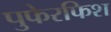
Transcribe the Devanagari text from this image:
पुफेरफिश